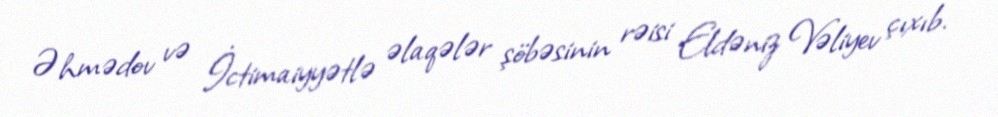
Əhmədov və İctimaiyyətlə əlaqələr şöbəsinin rəisi Eldəniz Vəliyev çıxıb.